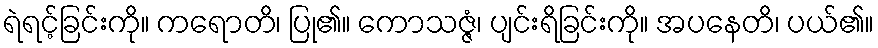
ရဲရင့်ခြင်းကို။ ကရောတိ၊ ပြု၏။ ကောသဇ္ဇံ၊ ပျင်းရိခြင်းကို။ အပနေတိ၊ ပယ်၏။